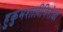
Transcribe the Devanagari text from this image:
हुकुमशाहीविरोधी